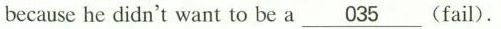
because he didn't want to be a \underline{035} (fail).